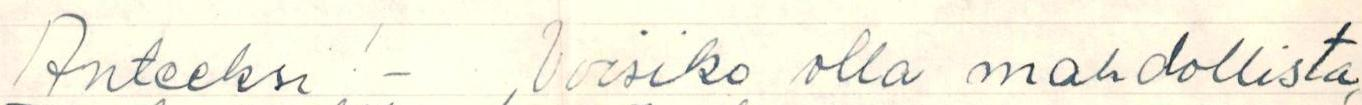
Anteeksi! - Voisiko olla mahdollista